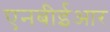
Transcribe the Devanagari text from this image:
एनबीईआर